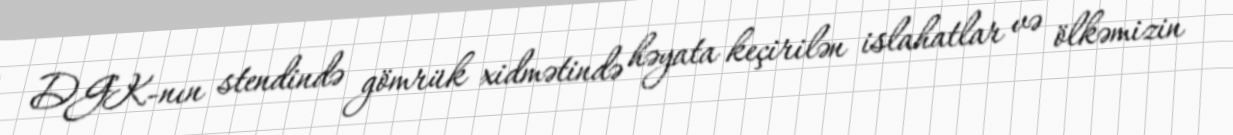
DGK-nın stendində gömrük xidmətində həyata keçirilən islahatlar və ölkəmizin